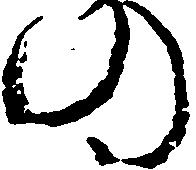
の